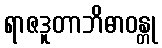
ရာဇဒူတာဘိဓာဝန္တု